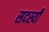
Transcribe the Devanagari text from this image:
सदस्यी